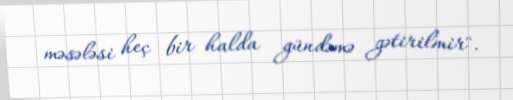
məsələsi heç bir halda gündəmə gətirilmir".